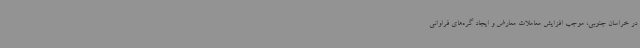
در خراسان‌ جنوبی، موجب افزایش معاملات معارض و ایجاد گره‌های فراوانی